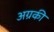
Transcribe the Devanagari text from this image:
अग्रकी